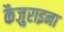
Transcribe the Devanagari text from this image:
कैजुराइना